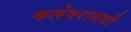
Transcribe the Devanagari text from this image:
कलेवरासाठी